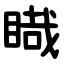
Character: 睵